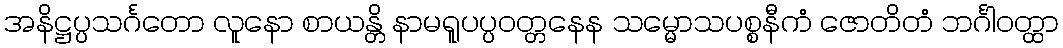
အနိဋ္ဌပ္ပသင်္ဂတော လူနော စာယန္တိ နာမရူပပ္ပဝတ္တနေန သမ္မောသပစ္စနီကံ ဇောတိတံ ဘင်္ဂါဝတ္ထာ